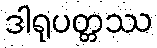
ဒါရုပတ္တဿ